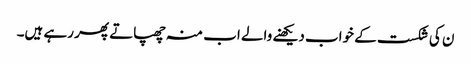
ن کی شکست کے خواب دیکھنے والے اب منہ چھپاتے پھر رہے ہیں۔